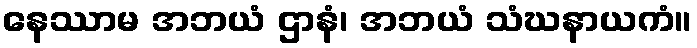
နေဿာမ အဘယံ ဌာနံ၊ အဘယံ သံဃနာယကံ။